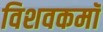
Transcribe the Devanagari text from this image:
विशवकमॉ